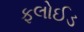
ફલોઈડ